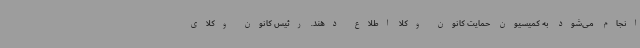
انجام می‌شود به کمیسیون حمایت کانون وکلا اطلاع دهند. رئیس کانون وکلای